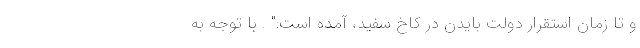
و تا زمان استقرار دولت بایدن در کاخ سفید، آمده است:" . با توجه به